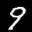
Label: 9